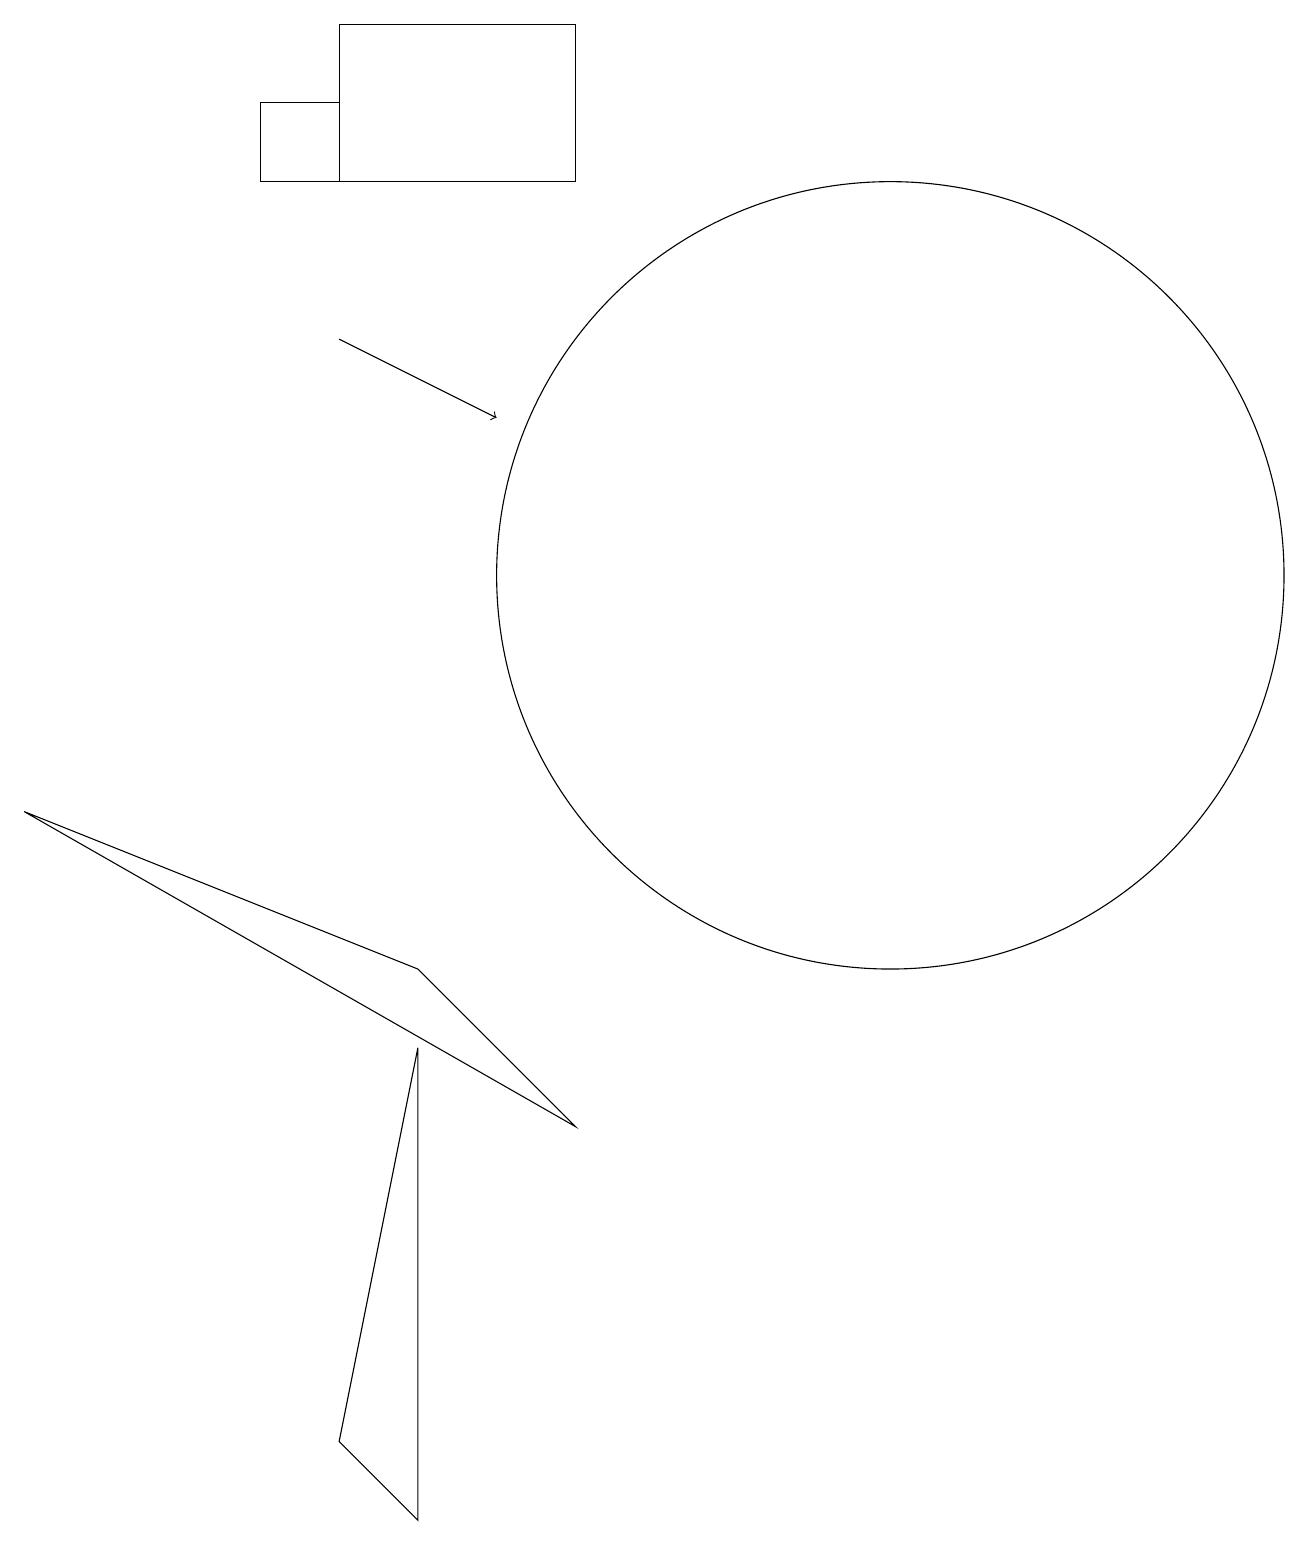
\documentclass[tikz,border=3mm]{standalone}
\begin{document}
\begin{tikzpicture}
\draw (6,0) -- (6,6) -- (5,1) -- cycle;
\draw (8,19) rectangle (5,17);
\draw (5,18) rectangle (4,17);
\draw[->] (5,15) -- (7,14);
\draw (12,12) circle (5);
\draw (1,9) -- (8,5) -- (6,7) -- cycle;
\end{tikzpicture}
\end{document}